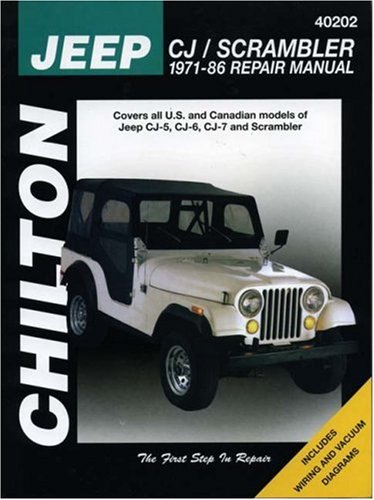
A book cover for Jeep CJ/Scrambler, 1971-86 (Chilton Total Car Care Series Manuals); Chilton; Engineering & Transportation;